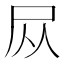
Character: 𪨊